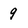
Character: 9